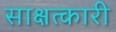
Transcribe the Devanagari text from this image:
साक्षत्कारी